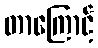
တာကြောင့်